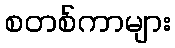
စတစ်ကာများ